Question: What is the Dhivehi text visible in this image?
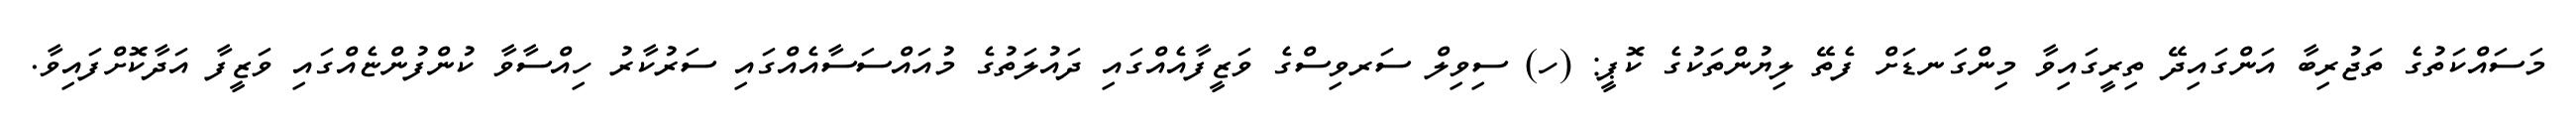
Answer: މަސައްކަތުގެ ތަޖުރިބާ އަންގައިދޭ ތިރީގައިވާ މިންގަނޑަށް ފެތޭ ލިޔުންތަކުގެ ކޮޕީ: (ހ) ސިވިލް ސަރވިސްގެ ވަޒީފާއެއްގައި ދައުލަތުގެ މުއައްސަސާއެއްގައި ސަރުކާރު ހިއްސާވާ ކުންފުންޏެއްގައި ވަޒީފާ އަދާކޮށްފައިވާ.